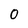
Character: O